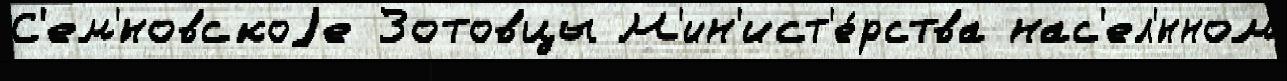
С'ем'́новскоjе Зотовцы М'ин'ист'е́рства нас'ел'́нном